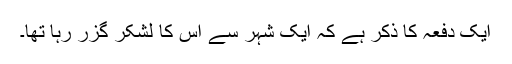
ایک دفعہ کا ذکر ہے کہ ایک شہر سے اس کا لشکر گزر رہا تھا۔